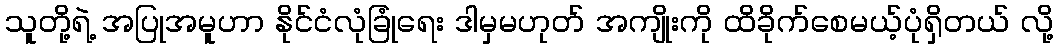
သူတို့ရဲ့ အပြုအမူဟာ နိုင်ငံလုံခြုံရေး ဒါမှမဟုတ် အကျိုးကို ထိခိုက်စေမယ့်ပုံရှိတယ် လို့